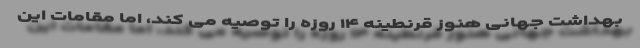
بهداشت جهانی هنوز قرنطینه ۱۴ روزه را توصیه می کند، اما مقامات این